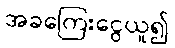
အခကြေးငွေယူ၍